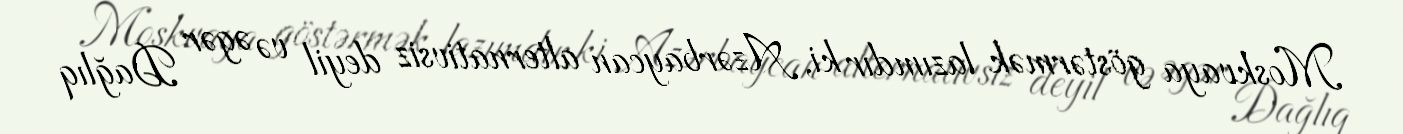
Moskvaya göstərmək lazımdır ki, Azərbaycan alternativsiz deyil və əgər Dağlıq